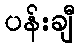
ပန်းချီ